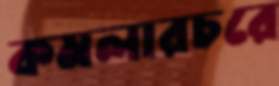
কমলারচরে